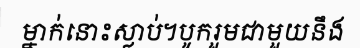
ម្នាក់នោះស្លាប់។បូករួមជាមួយនឹង